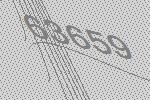
63659